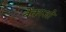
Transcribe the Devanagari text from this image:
बेंकाओ